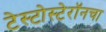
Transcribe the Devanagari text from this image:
टेस्टोस्टेरॉनचा